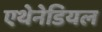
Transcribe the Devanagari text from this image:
एथेनेडियल